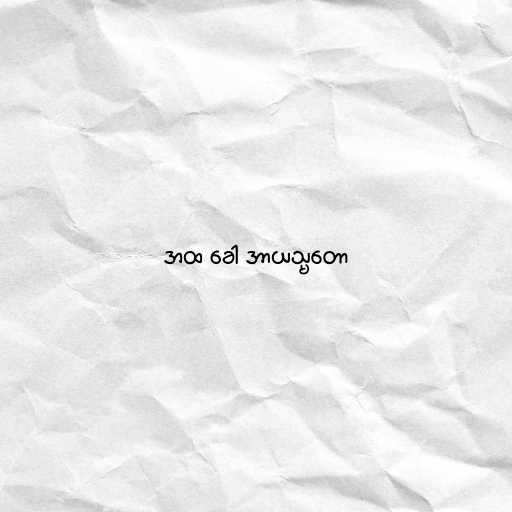
အထ ခေါ အာယသ္မတော